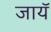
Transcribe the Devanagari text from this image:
जायॅ